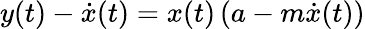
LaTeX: y(t)-\dot{x}(t)=x(t)\left(a-m\dot{x}(t)\right)